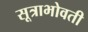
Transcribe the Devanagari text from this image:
सूत्राभोवती